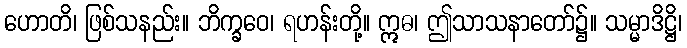
ဟောတိ၊ ဖြစ်သနည်း။ ဘိက္ခဝေ၊ ရဟန်းတို့။ ဣဓ၊ ဤသာသနာတော်၌။ သမ္မာဒိဋ္ဌိ၊